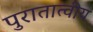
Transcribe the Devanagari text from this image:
पुरातात्वीय